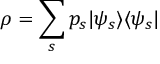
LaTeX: \rho = \sum _ { s } p _ { s } | \psi _ { s } \rangle \langle \psi _ { s } |